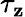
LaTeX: \tau_{\mathbf{z}}